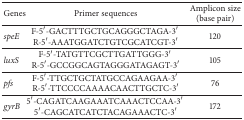
<table><thead><tr><td><b>Genes</b></td><td><b>Primer sequences </b></td><td><b>Amplicon size (base pair)</b></td></tr></thead><tbody><tr><td><i>speE </i></td><td>F-5′-GACTTTGCTGCAGGGCTAGA-3′ R-5′-AAATGGATCTGTCGCATCGT-3′</td><td>120</td></tr><tr><td><i>luxS </i></td><td>F-5′-TATGTTCGCTTGATTGGG-3′ R-5′-GCCGGCAGTAGGGATAGAGT-3′</td><td>105</td></tr><tr><td><i>pfs </i></td><td>F-5′-TTGCTGCTATGCCAGAAGAA-3′ R-5′-TTCCCCAAAACAACTTGCTC-3′</td><td>76</td></tr><tr><td><i>gyrB </i></td><td>5′-CAGATCAAGAAATCAAACTCCAA-3′ 5′-CAGCATCATCTACAGAAACTC-3′</td><td>172</td></tr></tbody></table>